Report on the working of the Ranchi Indian Mental Hospital, Kanke, in Bihar and Orissa - 1930-1940
Year: 1930
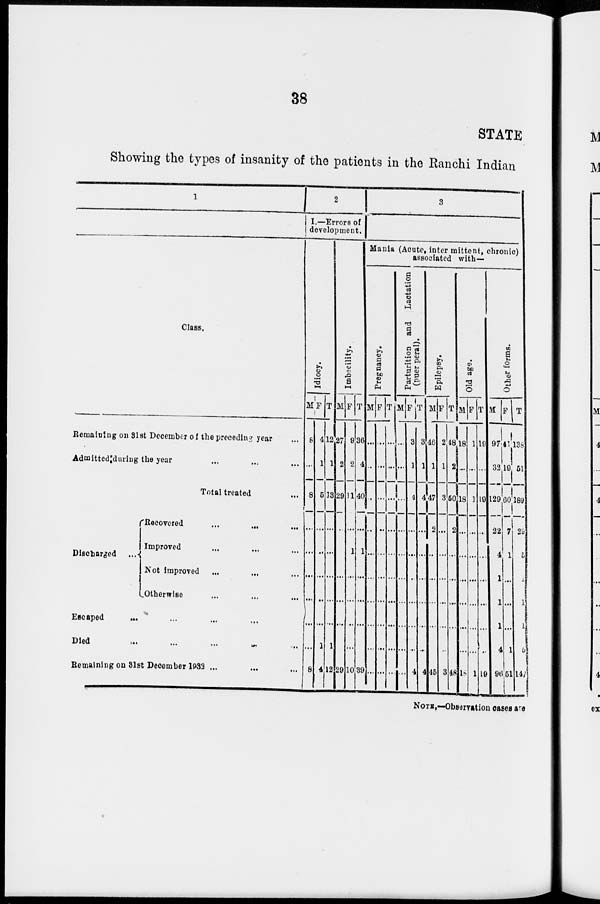
38
STATE
Showing the types of insanity of the patients in the Ranchi Indian
1
Class.
Remaining on 31st December of the preceding year ...
Admitted during the year ... ... ...
Total treated ...
Discharged
...
Recovered ... ... ...
Improved ... ... ...
Not improved ... ... ...
Otherwise ... ... ...
Escaped
... ... ... ...
Died
...
...
...
...
...
Remaining on 31st December 1932 ... ... ...
2
I.—Errors of
development.
Idiocy.
M
8
...
8
...
...
...
...
...
...
8
F
4
1
5
...
...
...
...
...
1
4
T
12
1
13
...
...
...
...
...
1
12
Imbecility.
M
27
2
29
...
...
...
...
...
...
29
F
9
2
11
...
1
...
...
...
...
10
T
36
4
40
...
1
...
...
...
...
89
3
Mania (Acute, inter mittent, chronic)
associated with—
Pregnancy.
M
...
...
...
...
...
...
...
...
...
...
F
...
...
...
...
...
...
...
...
...
...
T
...
...
...
...
...
...
...
...
...
...
Parturition and Lactation
(puer peral).
M
...
...
...
...
...
...
...
...
...
...
F
3
1
4
...
...
...
...
...
...
4
T
3
1
4
...
...
...
...
...
...
4
Epilepsy.
M
46
1
47
2
...
...
...
...
...
45
F
2
1
3
...
...
...
...
...
...
3
T
48
2
50
2
...
...
...
...
...
48
Old age.
M
18
...
18
...
...
...
...
...
...
18
F
1
...
1
...
...
...
...
...
...
1
T
19
...
19
...
...
...
...
...
...
19
Other forms.
M
97
32
129
22
4
1
1
1
4
96
F
41
19
60
7
1
...
...
...
4
51
T
138
51
189
29
5
1
1
1
5
147
NOTE.—Observation cases are